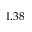
1 . 3 8